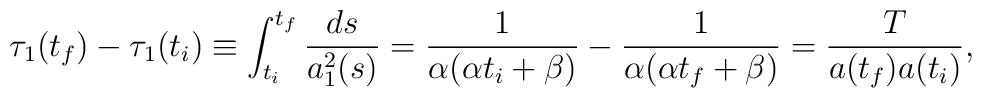
\tau_1 (t_f) - \tau_1 (t_i) \equiv    \int_{t_i}^{t_f} \frac{ds}{a_1^2 (s)}  = \frac{1}{\alpha ( \alpha t_i + \beta )}  - \frac{1}{\alpha ( \alpha t_f + \beta )}  = \frac{T}{ a(t_f) a(t_i) },